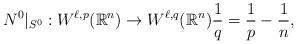
LaTeX: \begin{align*}N^{0}|_{S^{0}} : W^{\ell,p}(\mathbb{R}^{n}) \rightarrow W^{\ell,q}(\mathbb{R}^{n}) \frac{1}{q} = \frac{1}{p} - \frac{1}{n}, \end{align*}